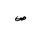
Letter: _sad